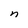
Character: n